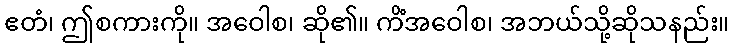
ဧတံ၊ ဤစကားကို။ အဝေါစ၊ ဆို၏။ ကိံအဝေါစ၊ အဘယ်သို့ဆိုသနည်း။